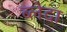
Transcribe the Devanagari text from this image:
ब्लेदा